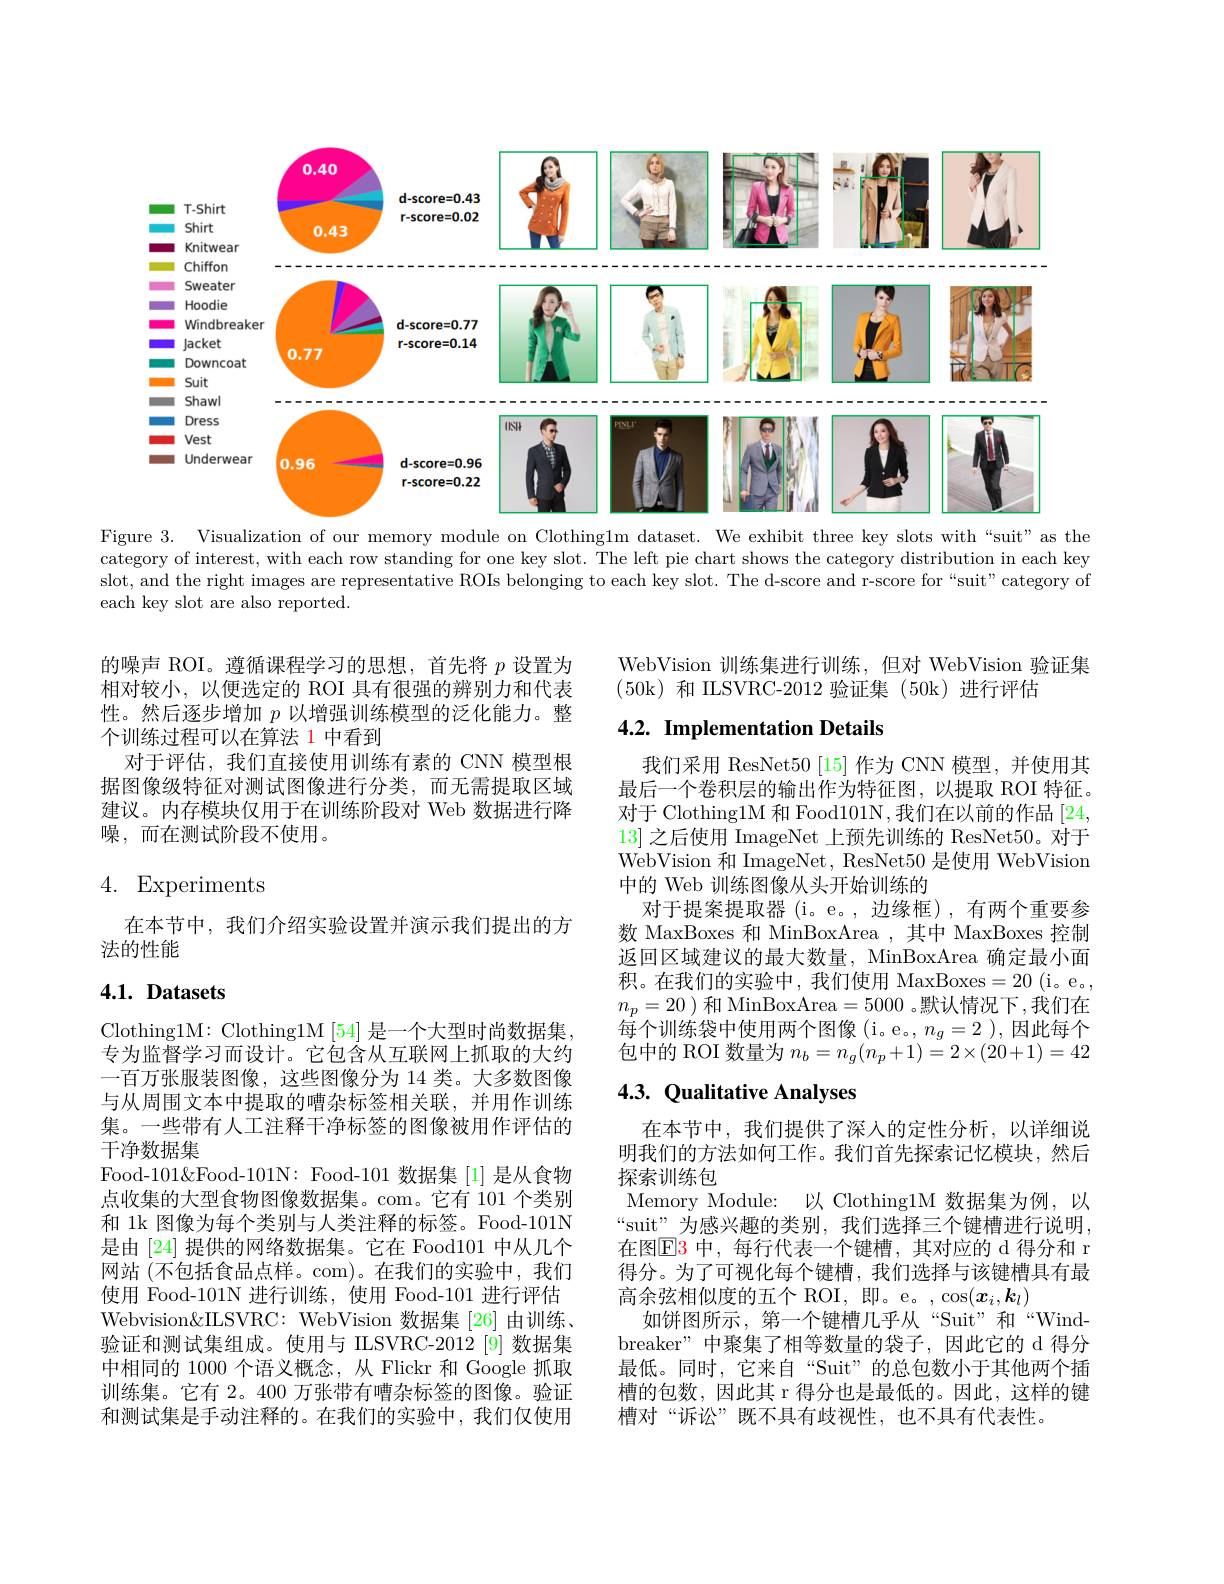
<FigureHere>
Figure 3. Visualization of our memory module on Clothing1m dataset. We exhibit three key slots with“suit” as the

category of interest, with each row standing for one key slot. The left pie chart shows the category distribution in each key slot, and the right images are representative ROIs belonging to each key slot. The d-score and r-score for“suit”category of each key slot are also reported.

的噪声 ROI。遵循课程学习的思想，首先将$p$设置为相对较小，以便选定的 ROI 具有很强的辨别力和代表性。然后逐步增加$p$以增强训练模型的泛化能力。整个训练过程可以在算法 1 中看到
对于评估，我们直接使用训练有素的 CNN 模型根据图像级特征对测试图像进行分类，而无需提取区域建议。内存模块仅用于在训练阶段对 Web 数据进行降噪，而在测试阶段不使用。

# 4. Experiments

在本节中，我们介绍实验设置并演示我们提出的方
法的性能

# 4.1. Datasets

Clothing1M: Clothing1M$\left[54\right]$是一个大型时尚数据集， 专为监督学习而设计。它包含从互联网上抓取的大约一百万张服装图像，这些图像分为 14 类。大多数图像与从周围文本中提取的嘈杂标签相关联，并用作训练集。一些带有人工注释干净标签的图像被用作评估的干净数据集
Food-101&Food-101N: Food-101 数据集 [1] 是从食物点收集的大型食物图像数据集。com。它有 101 个类别和 1k 图像为每个类别与人类注释的标签。Food-101N 是由 [24] 提供的网络数据集。它在 Food101 中从几个网站 (不包括食品点样。com)。在我们的实验中，我们使用 Food-101N 进行训练，使用 Food-101 进行评估Webvision&ILSVRC: WebVision 数据集 [26] 由训练、 验证和测试集组成。使用与 ILSVRC-2012[9] 数据集中相同的 1000 个语义概念，从 Flickr 和 Google 抓取训练集。它有 2。400 万张带有嘈杂标签的图像。验证和测试集是手动注释的。在我们的实验中，我们仅使用

WebVision 训练集进行训练，但对 WebVision 验证集
(50k)和 ILSVRC-2012 验证集 (50k)进行评估

## $4. 2. \textbf{Implementation Details}$

我们采用 ResNet50 [15] 作为 CNN 模型，并使用其最后一个卷积层的输出作为特征图，以提取 ROI 特征。对于 Clothing1M 和 Food101N,我们在以前的作品 [24, 13]之后使用 ImageNet 上预先训练的 ResNet50。对于WebVision 和 ImageNet, ResNet50 是使用 WebVision 中的 Web 训练图像从头开始训练的
对于提案提取器(i。e。,边缘框),有两个重要参数 MaxBoxes 和 MinBoxArea ,其中 MaxBoxes 控制返回区域建议的最大数量，MinBoxArea 确定最小面积。在我们的实验中，我们使用 MaxBoxes=20(i。e。, $n_p=20$ )和 MinBoxArea=5000 。默认情况下，我们在每个训练袋中使用两个图像(i。e。,$n_g=2$),因此每个包中的 ROI 数量为$n_b=n_g(n_p+1)=2\times(20+1)=42$

## 4.3. Qualitative Analyses

在本节中，我们提供了深人的定性分析，以详细说明我们的方法如何工作。我们首先探索记忆模块，然后探索训练包
Memory Module: 以 Clothing1M 数据集为例，以“suit”为感兴趣的类别，我们选择三个键槽进行说明， 在图$\color{red}{\mathrm{E3}}$ 中，每行代表一个键槽，其对应的 d 得分和 r 得分。为了可视化每个键槽，我们选择与该键槽具有最高余弦相似度的五个 ROI, 即。e。,$\cos(\boldsymbol x_i,\boldsymbol k_l)$
如饼图所示，第一个键槽几乎从“Suit”和“Windbreaker" 中聚集了相等数量的袋子，因此它的 d 得分最低。同时，它来自“Suit”的总包数小于其他两个插槽的包数，因此其 r 得分也是最低的。因此，这样的键槽对“诉讼”既不具有歧视性，也不具有代表性。